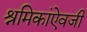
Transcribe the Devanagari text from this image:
श्रमिकांऐवजी